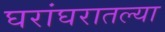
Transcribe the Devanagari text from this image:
घरांघरातल्या